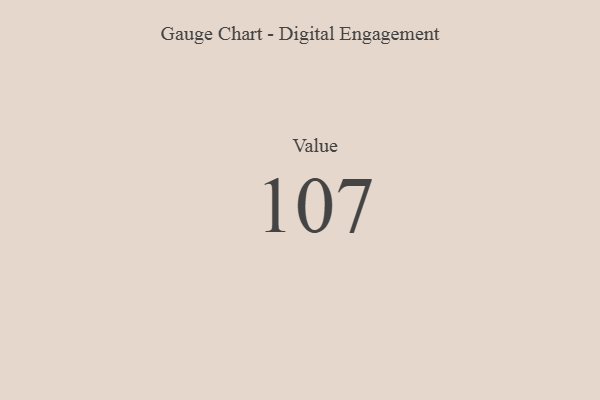
{"axis": {"x": "Metric", "y": "Value"}, "legend": [""], "data": [{"x": "Value", "y": 107, "type": ""}]}